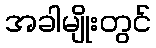
အခါမျိုးတွင်